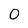
Character: 0